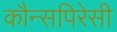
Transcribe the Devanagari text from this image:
कौन्सपिरेसी